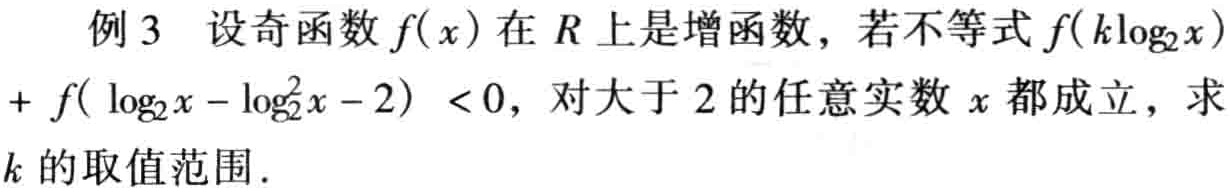
例 3 设奇函数\(f(x)\)在\(R\)上是增函数，若不等式\(f(k\log_2x)+f(\log_2x - \log_2^2x - 2) < 0\)，对大于\(2\)的任意实数\(x\)都成立，求\(k\)的取值范围.